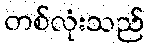
တစ်လုံးသည်